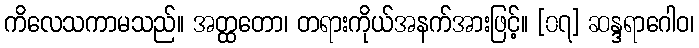
ကိလေသကာမသည်။ အတ္ထတော၊ တရားကိုယ်အနက်အားဖြင့်။ [၀၇] ဆန္ဒရာဂေါဝ၊